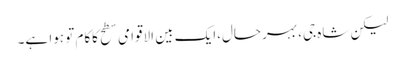
لیکن شاہ جی، بہرحال،ایک بین الاقوامی سطح کاکام تو ہوا ہے۔